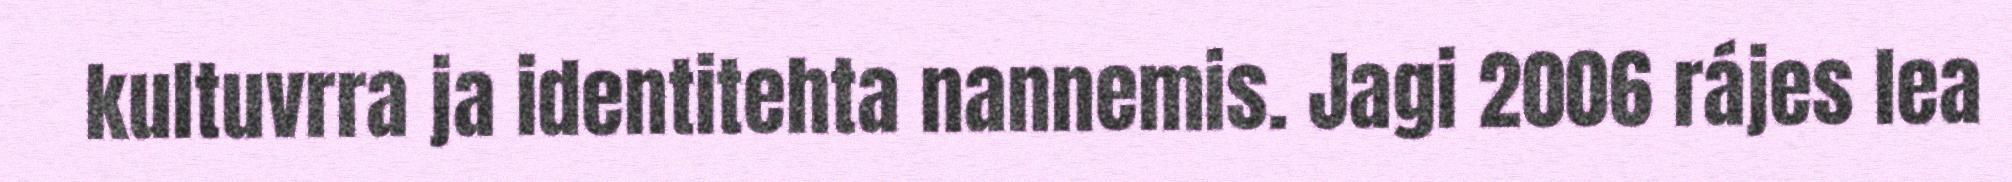
kultuvrra ja identitehta nannemis. Jagi 2006 rájes lea